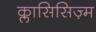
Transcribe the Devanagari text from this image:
क्लासिसिज़्म